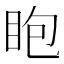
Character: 𥄹